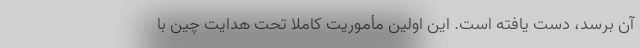
آن برسد، دست یافته است. این اولین مأموریت کاملاً تحت هدایت چین با